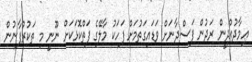
ޢިމާދުއްދީން ރަދުން ފަސްދާނަށް ވަޑައިގަތުމަށް ފަހަކު މާލޭގެ ފަތްކޮޅަކަށް ނޫނީ މި ތަކުރުފާނުން